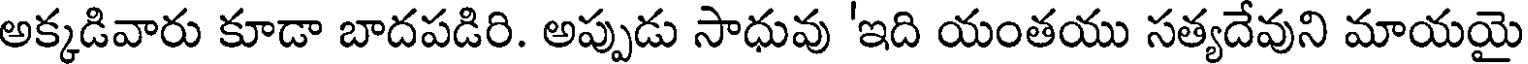
అక్కడివారు కూడా బాదపడిరి. అప్పుడు సాధువు 'ఇది యంతయు సత్యదేవుని మాయయై